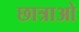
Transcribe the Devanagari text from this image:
छात्राओ